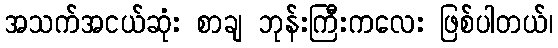
အသက်အငယ်ဆုံး စာချ ဘုန်းကြီးကလေး ဖြစ်ပါတယ်၊